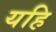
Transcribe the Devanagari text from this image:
यहि